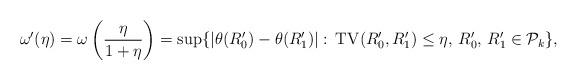
LaTeX: \begin{align*} \omega'(\eta) = \omega\left(\frac{\eta}{1+\eta}\right) = \sup\{|\theta(R_0') - \theta(R_1')|: \, \mathrm{TV}(R_0', R_1') \leq \eta,\, R_0', \, R_1' \in \mathcal{P}_k\},\end{align*}